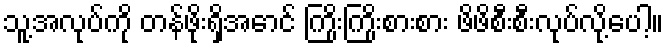
သူ့အလုပ်ကို တန်ဖိုးရှိအောင် ကြိုးကြိုးစားစား ဖိဖိစီးစီးလုပ်လို့ပေါ့။